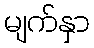
မျက်နှာ